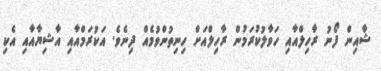
ޝާއިން ފޯނު ރާހިލްއާއި ހަވާލުކުރަމުން ރާހިލްއަށް ހިނިތުންވުމެއް ދިނެވެ. އަކުރަމްއާއި އާޝިޔާއާއި އެކި